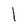
Character: l